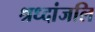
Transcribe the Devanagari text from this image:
श्रध्दांजलि